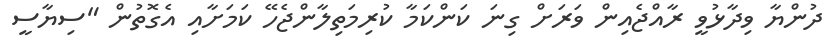
ދުންޔާ ވިދާޅުވީ ރާއްޖެއިން ވަރަށް ގިނަ ކަންކަމާ ކުރިމަތިލާންޖެހޭ ކަމަށާއި އެގޮތުން "ސިޔާސީ